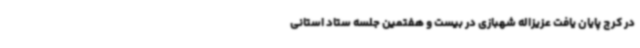
در کرج پایان یافت عزیزاله شهبازی در بیست و هفتمین جلسه ستاد استانی